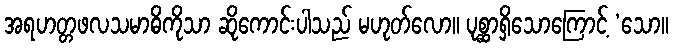
အရဟတ္တဖလသမာဓိကိုသာ ဆိုကောင်းပါသည် မဟုတ်လော။ ပုစ္ဆာရှိသောကြောင့် ‘သော။